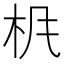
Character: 𱣃